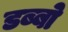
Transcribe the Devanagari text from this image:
डब्बो